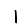
Digit: 1